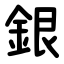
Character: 銀